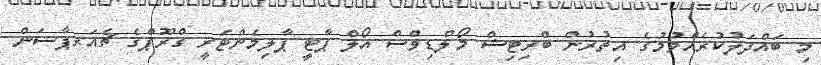
މި ބައްދަލުކުރެއްވުމުގެ އިތުރުން ބްރިޓިޝް މޯލްޑިވްސް އޯލް ޕާޓީ ޕާލިމެންޓަރީ ގްރޫޕްގެ ޗެއަރޕާސަން